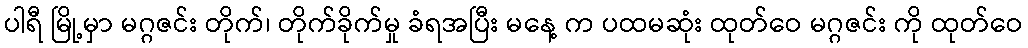
ပါရီ မြို့မှာ မဂ္ဂဇင်း တိုက်၊ တိုက်ခိုက်မှု ခံရအပြီး မနေ့ က ပထမဆုံး ထုတ်ဝေ မဂ္ဂဇင်း ကို ထုတ်ဝေ